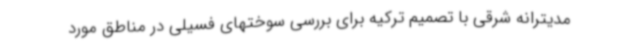
مدیترانه شرقی با تصمیم ترکیه برای بررسی سوختهای فسیلی در مناطق مورد